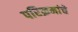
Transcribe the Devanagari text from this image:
परिक्रमांचे